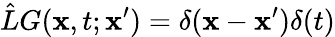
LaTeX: \hat{L}G(\mathbf{x},t;\mathbf{x}^{\prime})=\delta(\mathbf{x}-\mathbf{x}^{\prime})\delta(t)